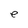
Character: e